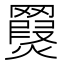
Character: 𦌨